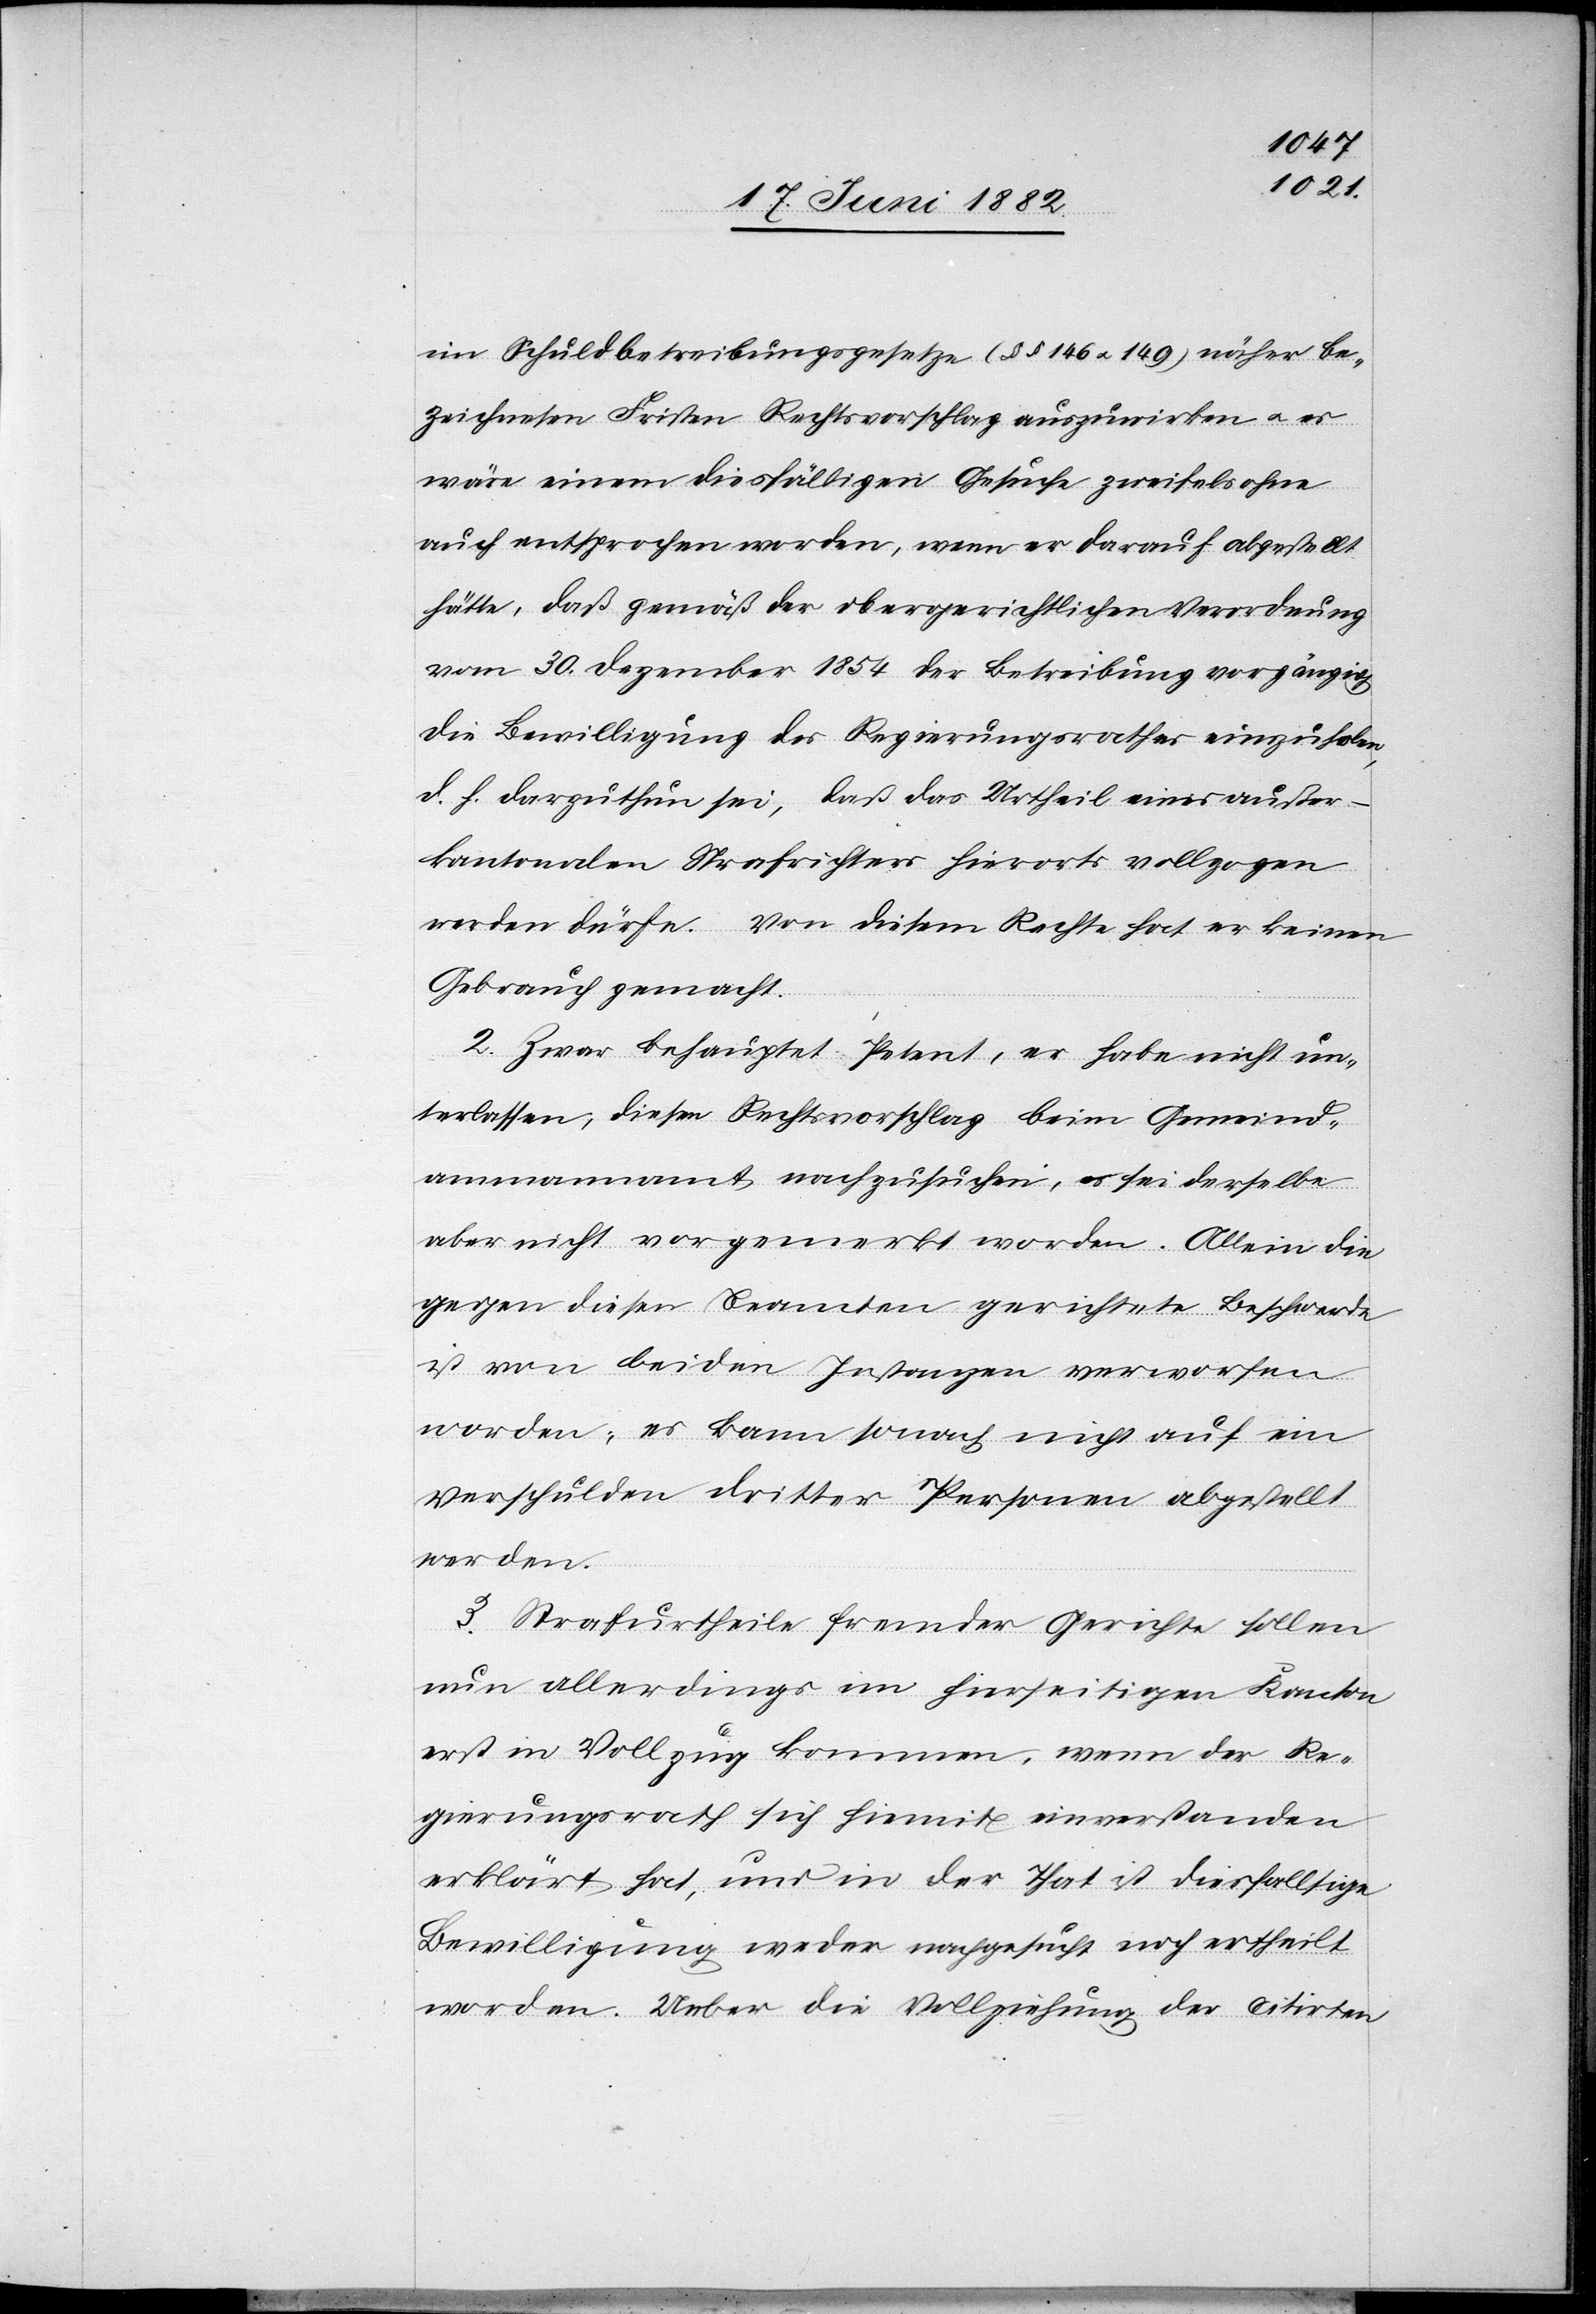
im Schuldbetreibungsgesetze (§§ 146 u. 149) näher be¬
zeichneten Fristen Rechtsvorschlag auszuwirken u. es
wäre einem dießfälligen Gesuche zweifelsohne
auch entsprochen worden, wenn er darauf abgestellt
hätte, daß gemäß der obergerichtlichen Verordnung
vom 30. Dezember 1854 der Betreibung vorgängig
die Bewilligung des Regierungsrathes einzuholen,
d. h. darzuthun sei, daß das Urtheil eines außer¬
kantonalen Strafrichters hierorts vollzogen
werden dürfte. Von diesem Rechte hat er keinen
Gebrauch gemacht.
2. Zwar behauptet Petent, er habe nicht un¬
terlassen, diesen Rechtsvorschlag beim Gemeind¬
ammannamt nachzusuchen, es sei derselbe
aber nicht gemacht worden. Allein die
gegen diesen Beamten gerichtete Beschwerde
ist von beiden Instanzen verworfen
worden; es kann sonach nicht auf ein
Verschulden dritter Personen abgestellt
werden.
3. Strafurtheile fremder Gerichte sollen
nun allerdings im hierseitigen Kanton
erst in Vollzug kommen, wenn der Re¬
gierungsrath sich hiemit einverstanden
erklärt hat, und in der That ist diesfällige
Bewilligung weder nachgesucht noch ertheilt
worden. Ueber die Vollziehung der citirten